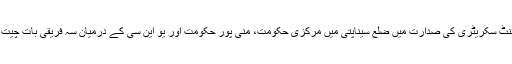
مرکزی وزارت داخلہ کے جوائنٹ سکریٹری کی صدارت میں ضلع سیناپتی میں مرکزی حکومت، منی پور حکومت اور یو این سی کے درمیان سہ فریقی بات چیت کے بعد یہ معاہدہ طے کیا گیا۔